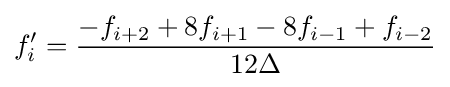
f'_{i}={\frac {-f_{i+2}+8f_{i+1}-8f_{i-1}+f_{i-2}}{12\Delta }}